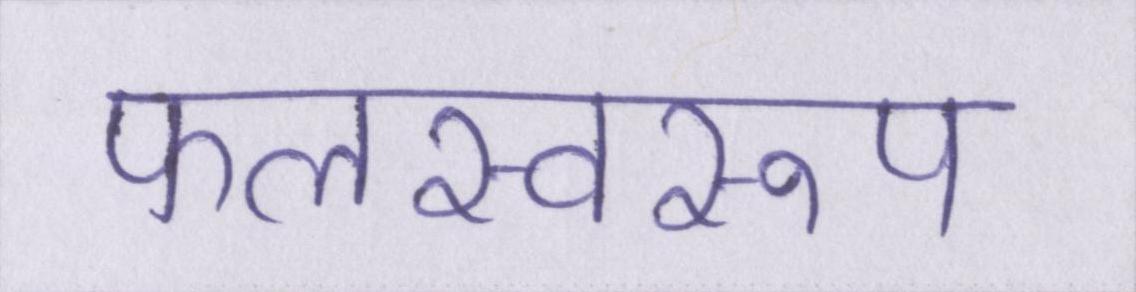
फलस्वरूप